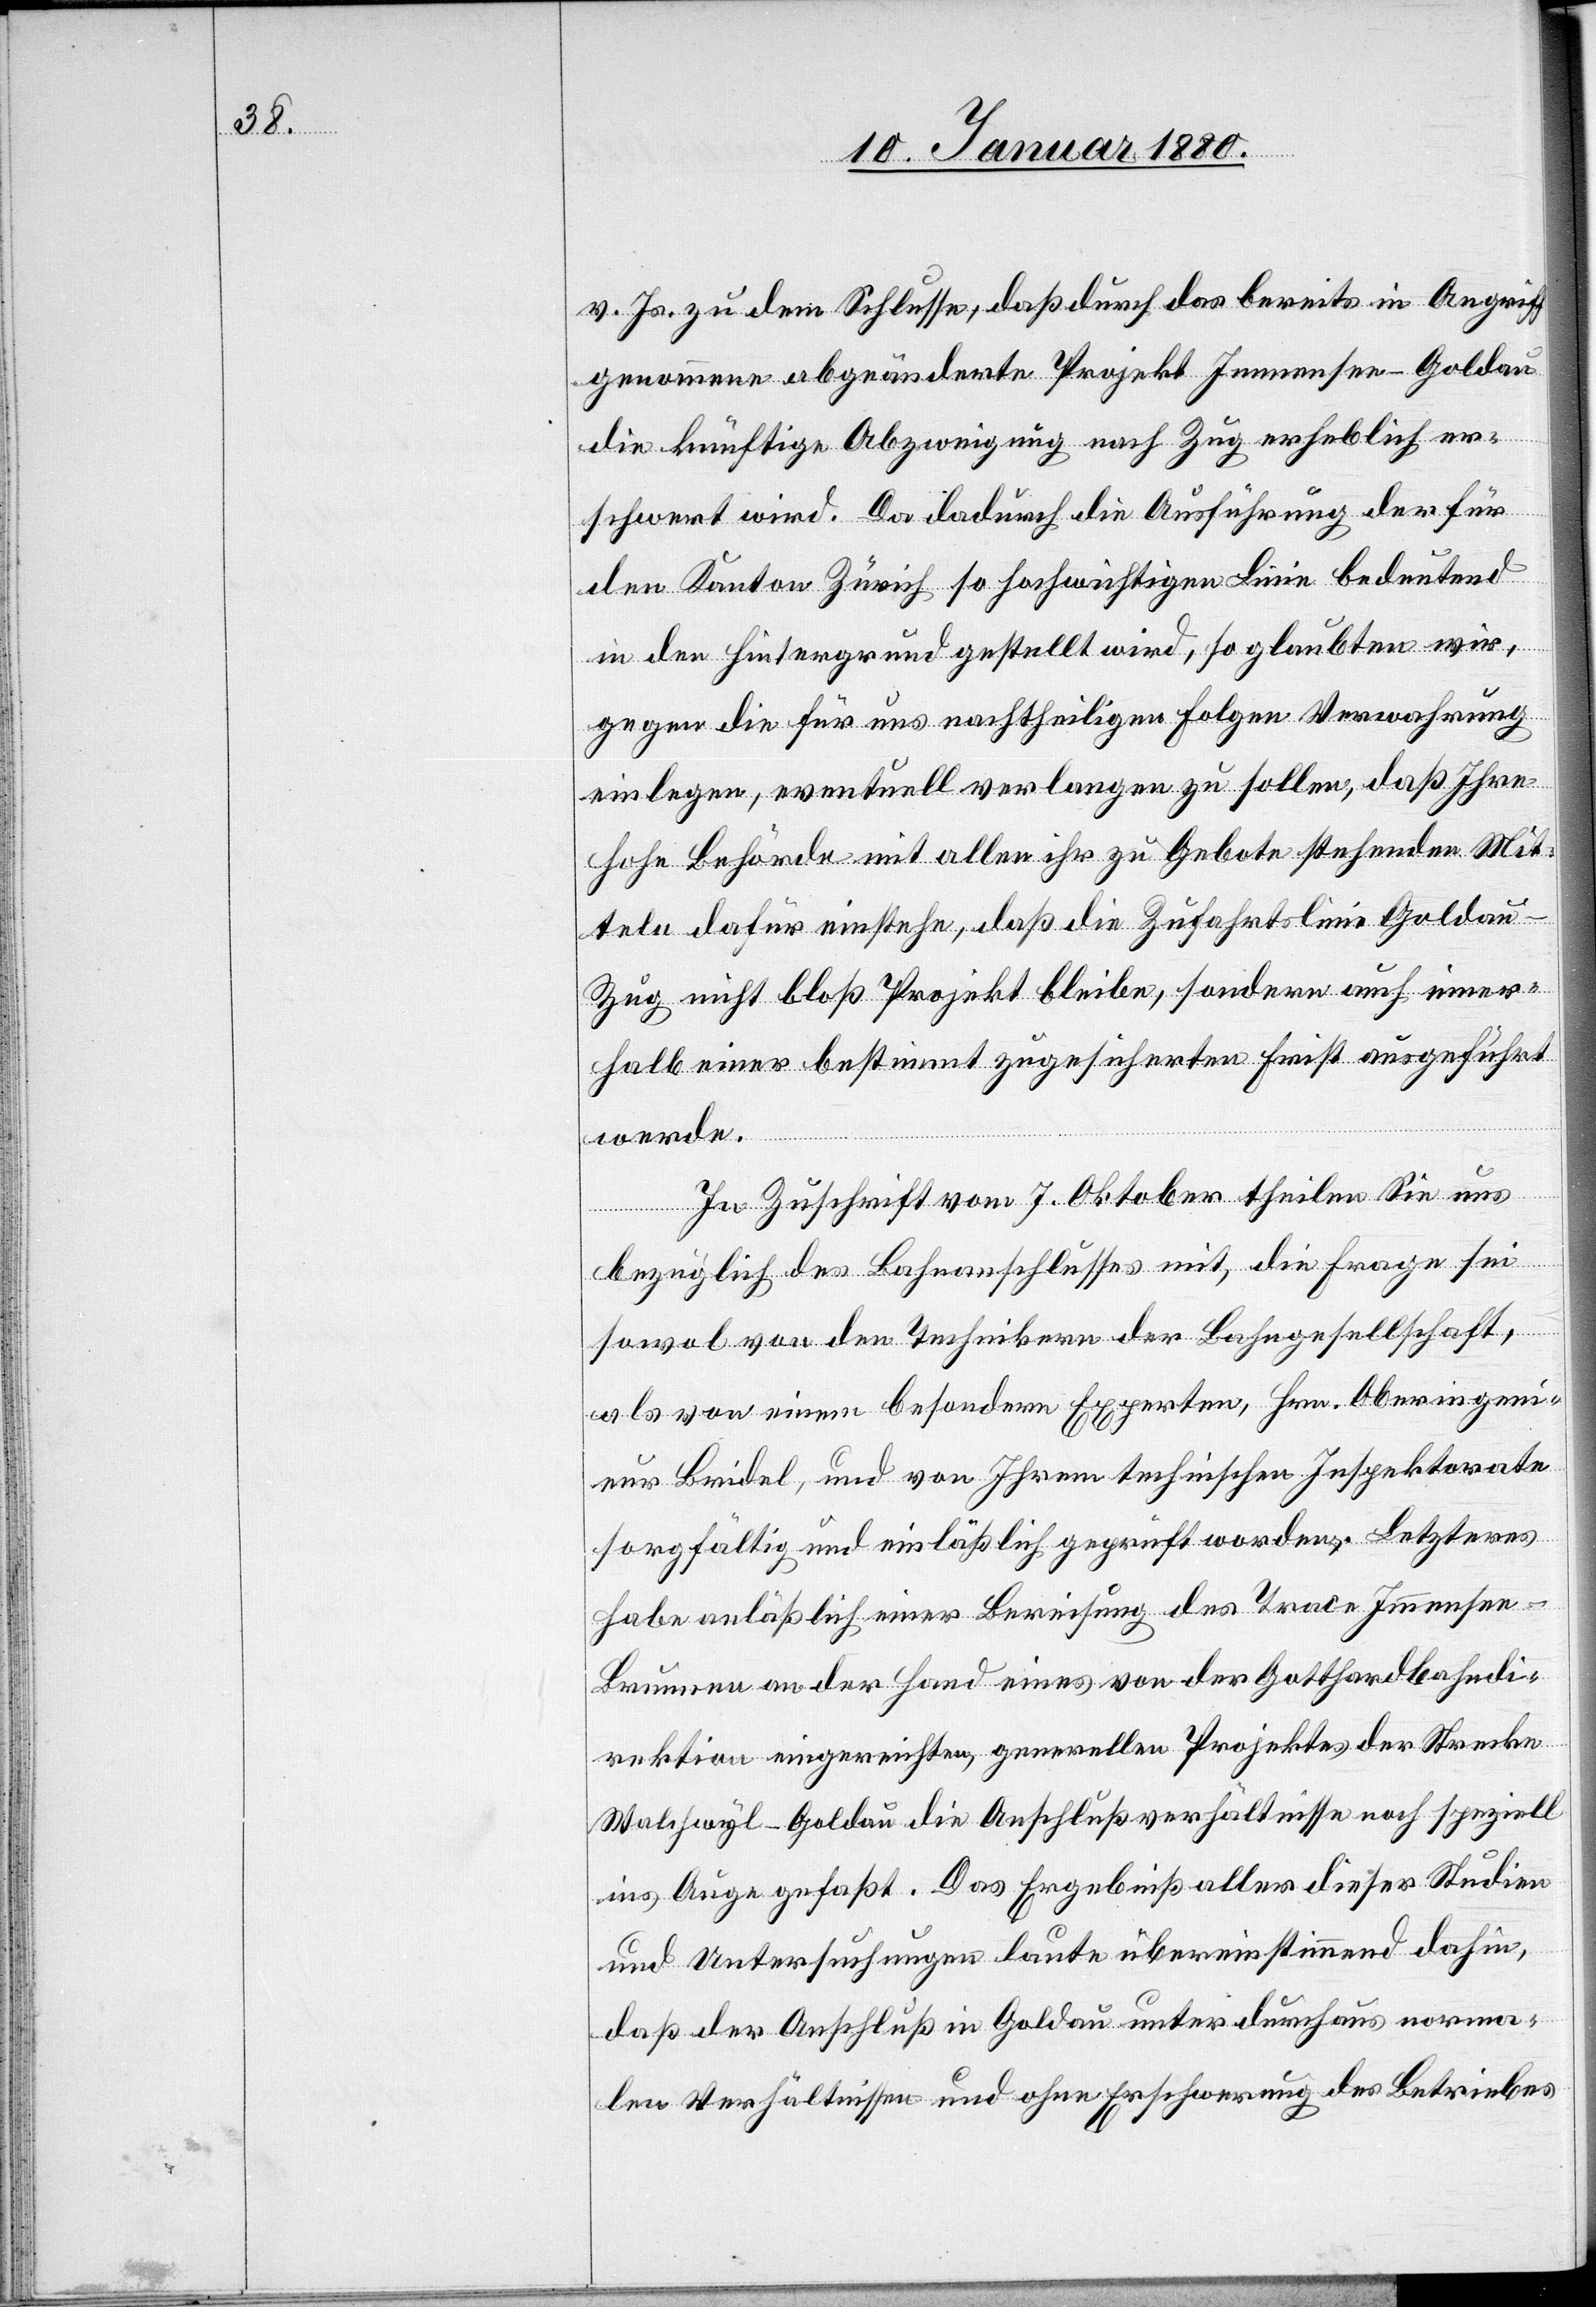
v. Js. zu dem Schlusse, daß durch das bereits in Angriff
genommene abgeänderte Projekt Immensee–Goldau
die künftige Abzweigung nach Zug erheblich er¬
schwert wird. Da dadurch die Ausführung der für
den Kanton Zürich so hochwichtigen Linie bedeutend
in den Hintergrund gestellt wird, so glaubten wir,
gegen die für uns nachtheiligen Folgen Verwahrung
einlegen, eventuell verlangen zu sollen, daß Ihre
hohe Behörde mit aller ihr zu Gebote stehenden Mit¬
teln dafür einstehe, daß die Zufahrtslinie Golda¬
u–Zug nicht bloß Projekt bleibe, sondern auch inner¬
halb einer bestimmt zugesicherten Frist ausgeführt
werde.
In Zuschrift vom 7. Oktober theilen Sie uns
bezüglich des Bahnanschlusses mit, die Frage sei
sowol von den Technikern der Bahngesellschaft,
als von einem besondern Experten, Hrn. Oberingeni¬
eur Bridel, und von Ihrem technischen Inspektorate
sorgfältig und einläßlich geprüft worden. Letzteres
habe anläßlich einer Bereisung des Trace Immensee–B¬
runau an der Hand eines von der Gotthardbahndi¬
rektion eingereichten, generellen Projektes der Strecke
Walchwyl–Goldau die Anschlußverhältnisse noch speziell
ins Auge gefaßt. Das Ergebniß aller dieser Studien
und Untersuchungen laute übereinstimmend dahin,
daß der Anschluß in Goldau unter durchaus norma¬
len Verhältnissen und ohne Erschwerung des Betriebes